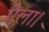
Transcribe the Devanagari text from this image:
गेला।